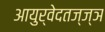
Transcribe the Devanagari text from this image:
आयुर्वेदतज्ज्ञ